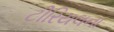
ટીરિયલના